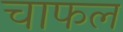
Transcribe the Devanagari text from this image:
चाफल